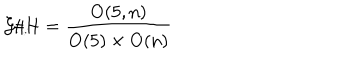
{ \cal G } / { \cal H } = \frac { \mathrm { O ( 5 , n ) } } { \mathrm { O ( 5 ) } \times \mathrm { O ( n ) } }